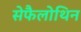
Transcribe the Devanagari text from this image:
सेफैलोथिन